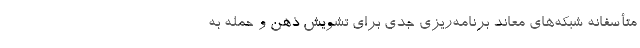
متأسفانه شبکه‌های معاند برنامه‌‌ریزی جدّی برای تشویشِ ذهن و حمله به